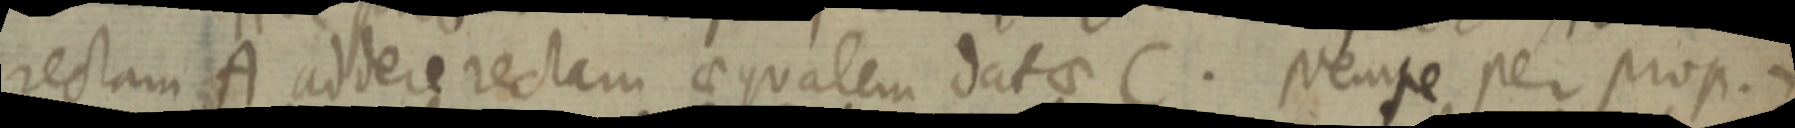
rectam A addere rectam aequalem datae C. Nempe per prop.